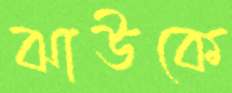
ঝাউকে